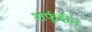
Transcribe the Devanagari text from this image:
शर्फुद्दीन